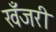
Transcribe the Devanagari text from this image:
खँजरी